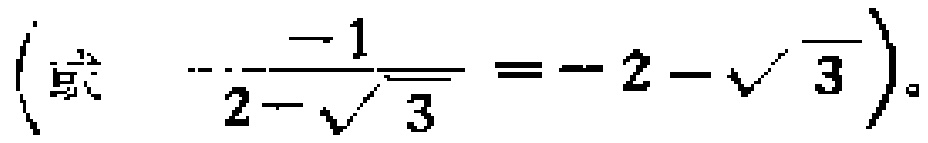
\((或\ \  -\frac{-1}{2 - \sqrt{3}} = - 2 - \sqrt{3})\)